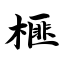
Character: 榧